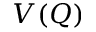
V ( Q )